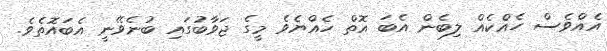
އެއްވެސް ހެއްކެއް ލިބެން އެބަ އޮތް ހެއްޔެވެ މީގެ ޖަވާބުގައި ބުނެވޭނީ އެބައޮތެވެ.